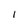
Character: I